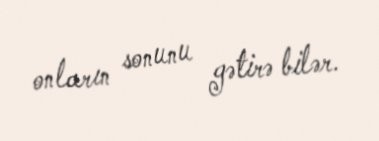
onların sonunu gətirə bilər.